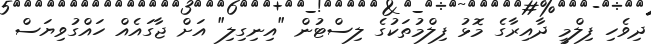
ދިވެހި ފިލްމީ ދާއިރާގެ މޮޅު ފިލްމުތަކުގެ ލިސްޓުން "އިނިގިލި" އަށް ޖާގައެއް ހައްގުވިޔަސް